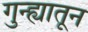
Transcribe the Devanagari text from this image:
गुन्ह्यातून